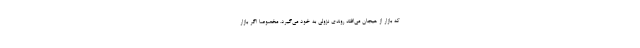
که بازار از هیجان می‌افتد روندی نزولی به خود می‌گیرد. مخصوصا اگر بازار